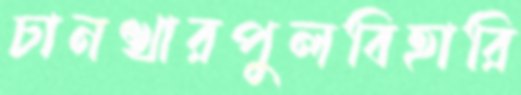
চানখারপুলবিহারি